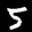
Label: 5